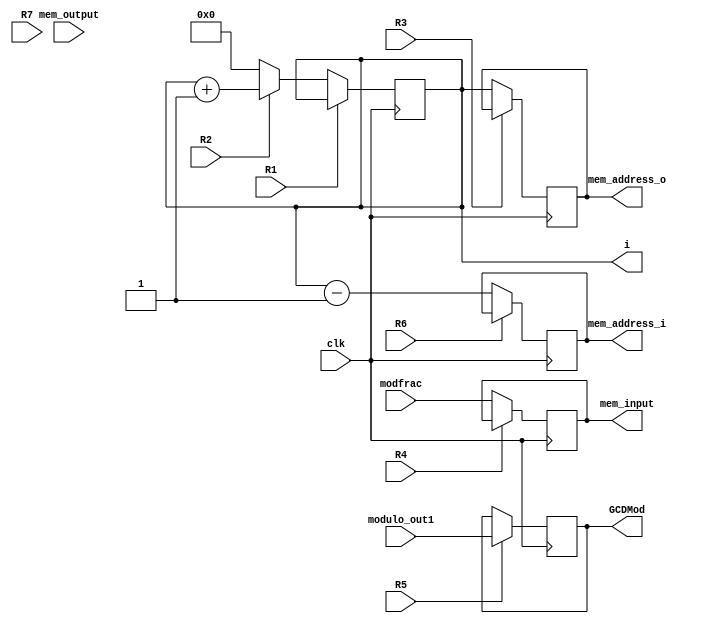
`timescale 1ns / 1ps
//////////////////////////////////////////////////////////////////////////////////
// Company: 
// Engineer: 
// 
// Design Name: 
// Module Name: Normalize_inverse_DP
// Project Name: 
// Target Devices: 
// Tool Versions: 
// Description: 
// 
// Dependencies: 
// 
// Revision:
// Revision 0.01 - File Created
// Additional Comments:
// 
//////////////////////////////////////////////////////////////////////////////////


module Normalize_inverse_DP(
    input clk,
    input [12:0]mem_output, modulo_out1, modfrac,
    output reg [10:0]mem_address_o,
    output reg [10:0]mem_address_i,
    output reg [12:0]mem_input, GCDMod,
    output reg [10:0]i,
    input R1, R2,R3, R4, R5, R6, R7
    );
    
    wire [12:0] nextmem_input;
    wire [10:0] nextmem_address_o;
    wire [10:0] nextmem_address_i;
    wire [10:0] nexti;
    wire [12:0] nextGCDMod;
    
    always @(posedge clk)
        GCDMod <= nextGCDMod;
    // Parte combinacional de RQ
    assign nextGCDMod = R5 ? modulo_out1:GCDMod;
    
    always @(posedge clk)
        mem_input <= nextmem_input;
    // Parte combinacional de RQ
    assign nextmem_input = R4 ? mem_input: modfrac;
         
   //Registro M1    
    always @(posedge clk)
        mem_address_i <= nextmem_address_i;
    // Parte combinacional de RQ
    assign nextmem_address_i = R6 ?  mem_address_i: i-1 ;      
         
    //Registro M1    
    always @(posedge clk)
        mem_address_o <= nextmem_address_o;
    // Parte combinacional de RQ
    assign nextmem_address_o = R3 ?  mem_address_o: i ;
    
    always @(posedge clk)
        i <= nexti;
    // Parte combinacional de RQ
    assign nexti = R1 ?  i: R2 ? i+1:0 ;
endmodule